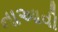
નાઆવી